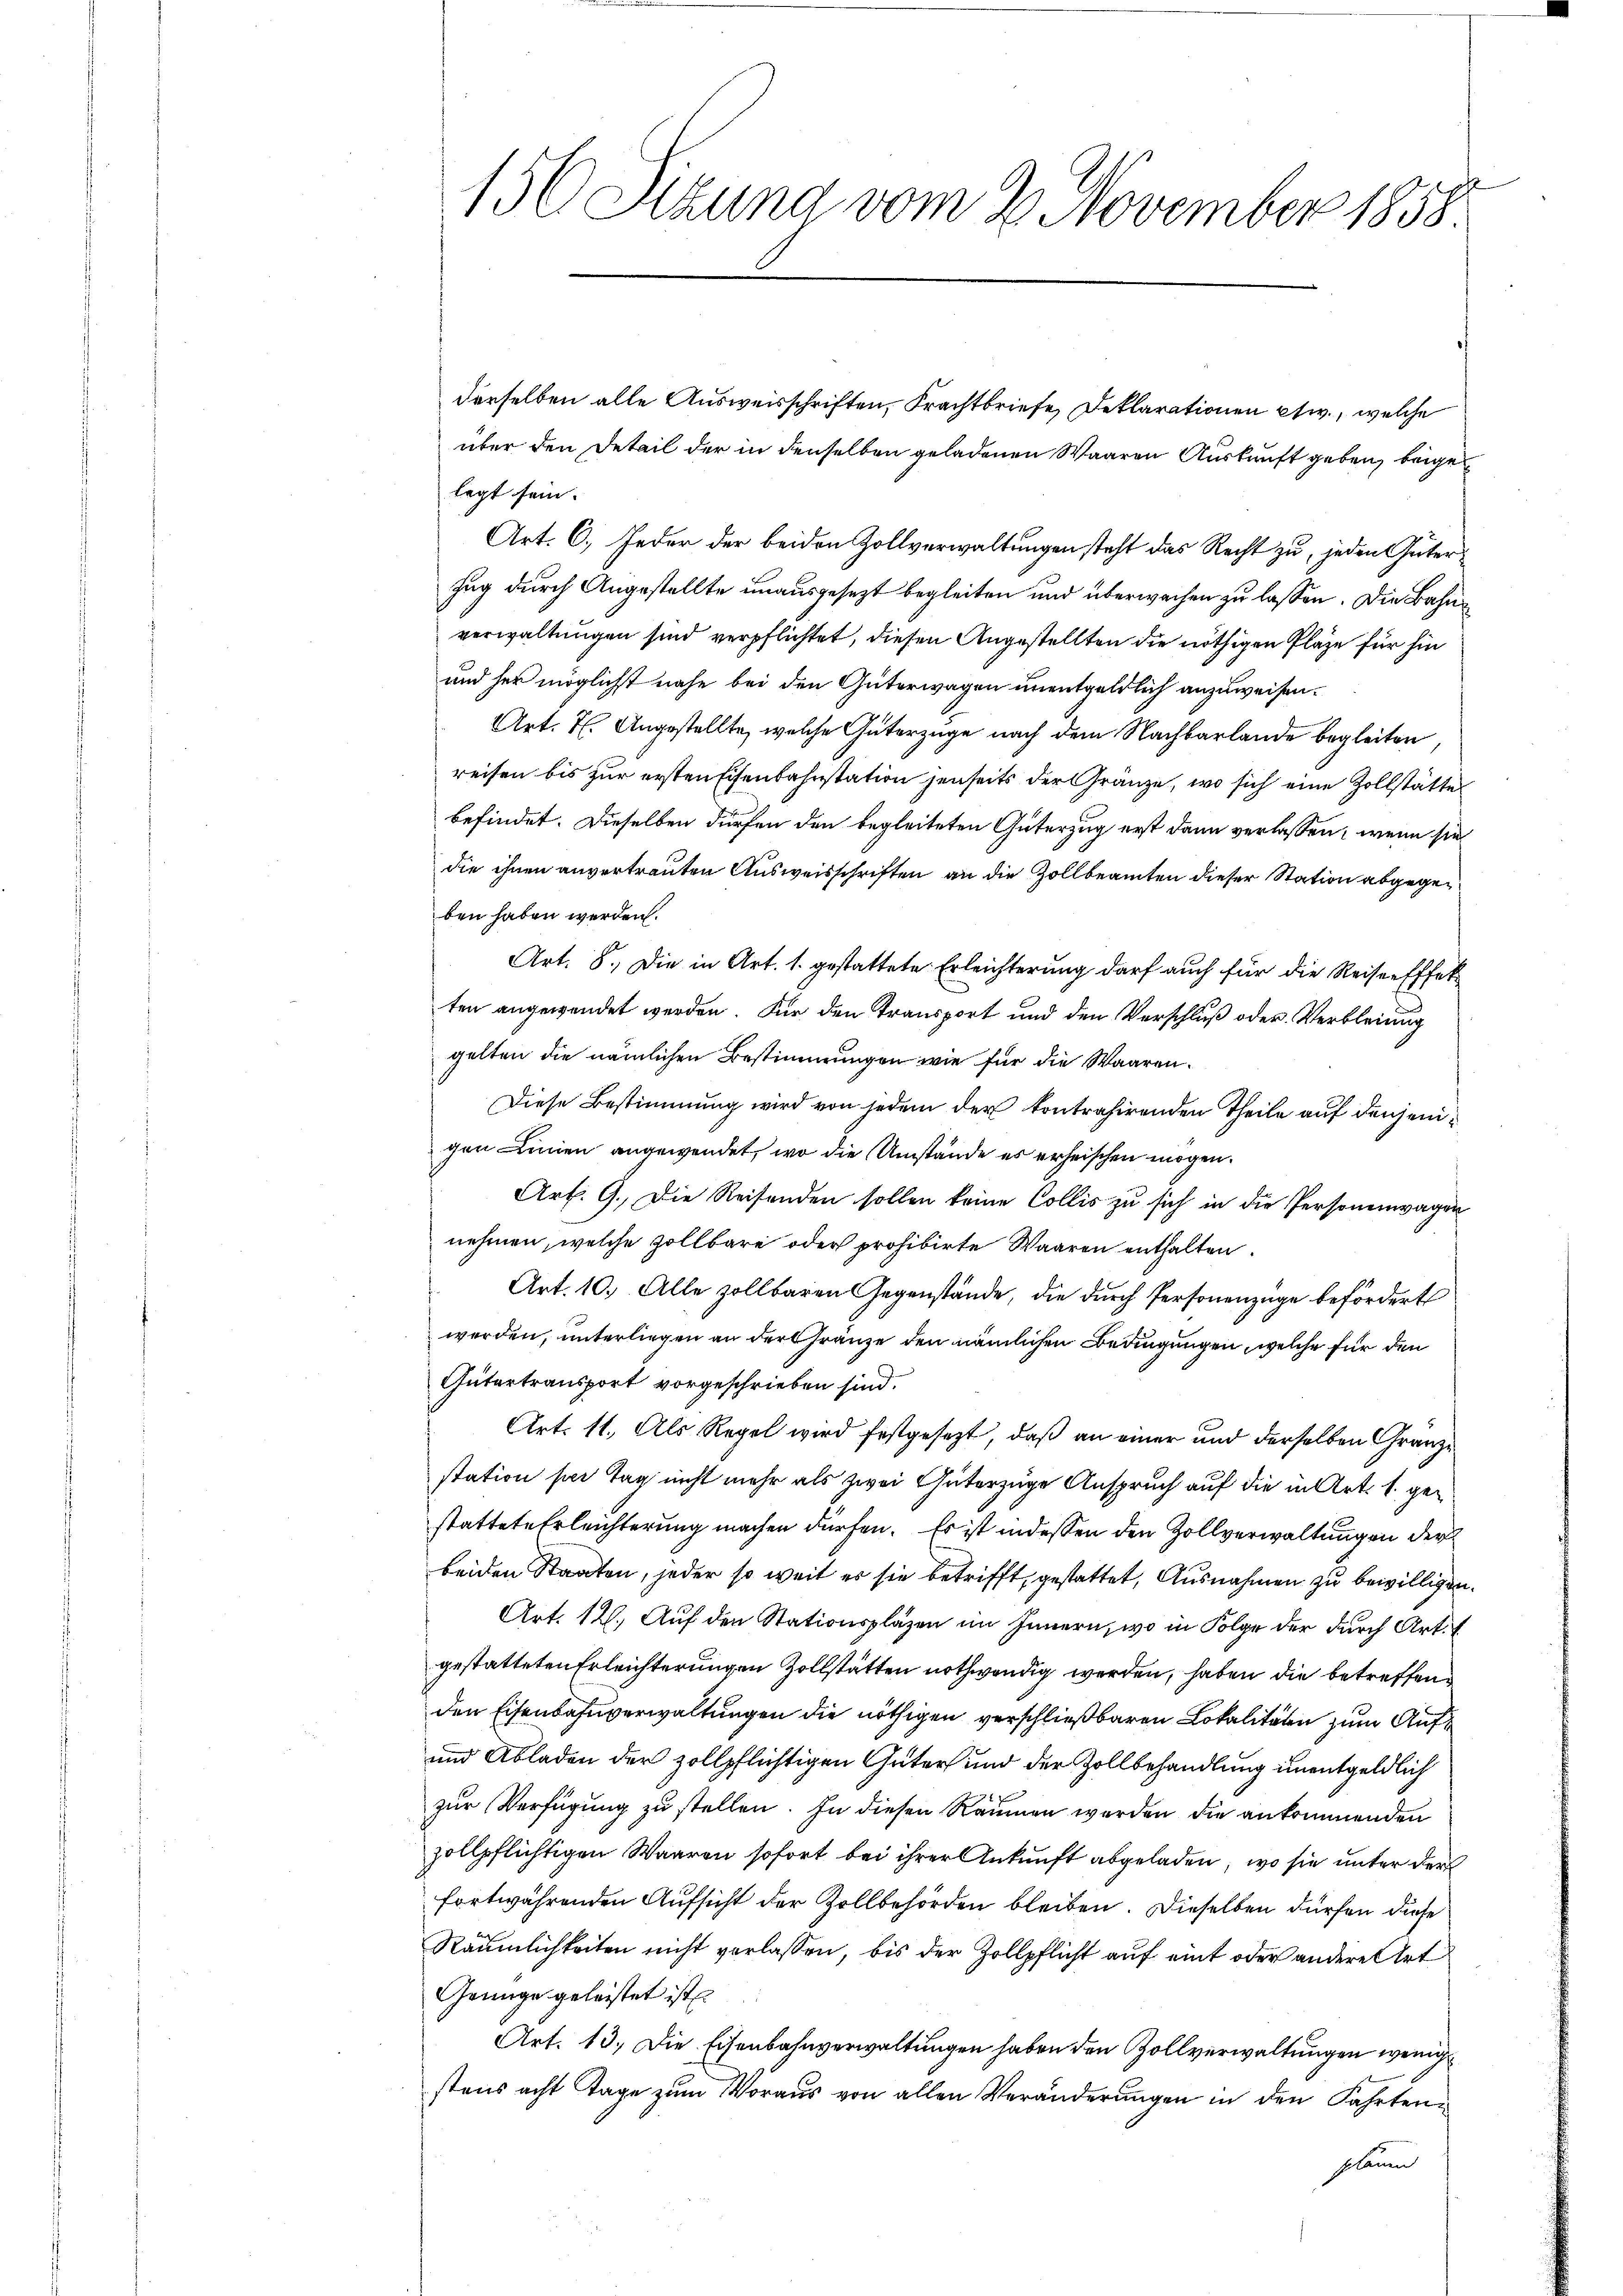
derselben alle Ausweisschriften, Frachtbriefe, Deklarationen etw., welche
über den Detail der in denselben geladenen Waaren Auskunft geben, beigelegt sein.
Art. 6. Jeder der beiden Zollverwaltungen steht das Recht zu, jeden Güter¬
Zug durch Angestellte unausgesezt begleiten und überwachen zu lassen. Die Bahnverwaltungen sind verpflichtet, diesen Angestellten die nöthigen Plaze für hin
und her möglichst nahe bei den Güterwagen unentgeldlich anzuweisen.
Art. 7. Angestellte, welche Güterzuge nach dem Nachbarlände begleiten
reisen bis für ersten Eisenbahnstation jenseits der Gränze, wo sich eine Zollstätte
befindet. Dieselben dürfen den begleiteten Güterzug erst dann verlassen, wenn sie
die ihnen anvertrauten Ausweisschriften an die Zollbeamten dieser Station abgegeben haben werden.
Art. 8. Die in Art. 1. gestattete Erleichterung darf auch für die Reisen Effek
ten angewendet werden. Für den Transport und den Verschluß oder Verbleiung
gelten die nämlichen Bestimmungen wie für die Waaren¬
Diese Bestimmung wird von jedem der kontrahirenden Theile auf denjenigen Linien angewendet, wo die Umstände es erheischen mögen.
Art. 9. Die Reisenden sollen keine Collis zu sich in die Personenwagen
nehmen, welche zollbare oder prohibirte Waaren enthalten.
Art. 10. Alle zollbaren Gegenstände, die durch Personenzüge befördert
werden, unterliegen an der Gränze den nämlichen Bedingungen, welche für den
Gütertransport vorgeschrieben sind.
Art. 11. Als Regel wird festgesezt, daß an einer und derselben Gränze
station sei Tag nicht mehr als zwei Güterzuge Anspruch auf die in Art. 1. gestattete Erleichterung machen dürfen. Es ist indessen den Zollverwaltungen der
beiden Staaten, jeder so weit es sie betrifft, gestattet, Ausnahmen zu bewilligen.
Art. 12. Auf den Stationspläzen im Innern, wo in Folge der durch Art.
gestatteten Erleichterungen Zollstätten nothwendig werden, haben die betreffenden Eisenbahnverwaltungen die nöthigen verschließbaren Lokalitäten zum Auf
und Abladen der zollpflichtigen Güter und der Zollbehandlung unentgeldlich
zur Verfügung zu stellen. In diesen Räumen werden die ankommenden
zollpflichtigen Waaren sofort bei ihrer Ankunft abgeladen, wo sie unter der
fortwährenden Aufsicht der Zollbehörden bleiben. Dieselben dürfen diese
Räumlichkeiten nicht verlassen, bis der Zollpflicht auf eint oder andere Art
Grünge geleistet ist
Art. 13. Die Eisenbahnverwaltungen haben den Zollverwaltungen wenige
stens acht Tage zum Voraus von allen Veränderungen in den Fahrtenplanen

156 Sizung vom 2. November 1858.